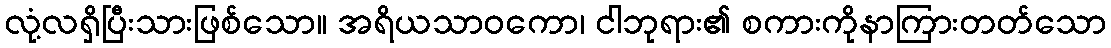
လုံ့လရှိပြီးသားဖြစ်သော။ အရိယသာဝကော၊ ငါဘုရား၏ စကားကိုနာကြားတတ်သော